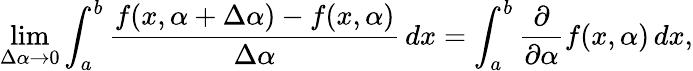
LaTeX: \operatorname*{lim}_{\Delta\alpha\to 0}\int_{a}^{b}{\frac{f(x,\alpha+\Delta\alpha)-f(x,\alpha)}{\Delta\alpha}}\, dx=\int_{a}^{b}{\frac{\partial}{\partial\alpha}}f(x,\alpha)\, dx,